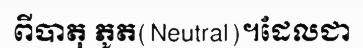
ពីបាតុ ភូត(Neutral)។ដែលជា